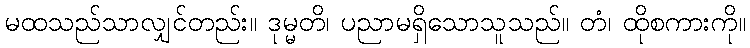
မထသည်သာလျှင်တည်း။ ဒုမ္မတိ၊ ပညာမရှိသောသူသည်။ တံ၊ ထိုစကားကို။